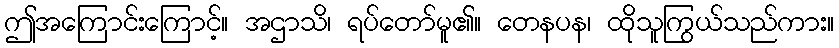
ဤအကြောင်းကြောင့်။ အဌာသိ၊ ရပ်တော်မူ၏။ တေနပန၊ ထိုသူကြွယ်သည်ကား။